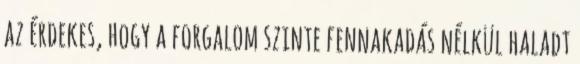
az érdekes, hogy a forgalom szinte fennakadás nélkül haladt